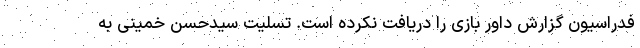
فدراسیون گزارش داور بازی را دریافت نکرده است. تسلیت سیدحسن خمینی به